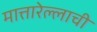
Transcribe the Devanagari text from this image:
मात्तारेल्लाची